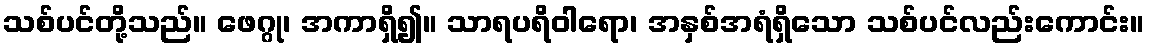
သစ်ပင်တို့သည်။ ဖေဂ္ဂု၊ အကာရှိ၍။ သာရပရိဝါရော၊ အနှစ်အရံရှိသော သစ်ပင်လည်းကောင်း။